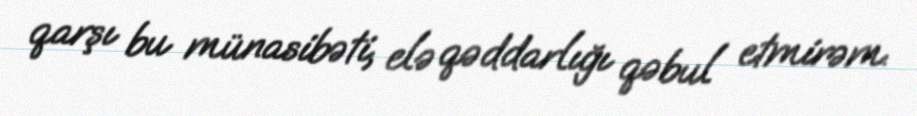
qarşı bu münasibəti, elə qəddarlığı qəbul etmirəm.